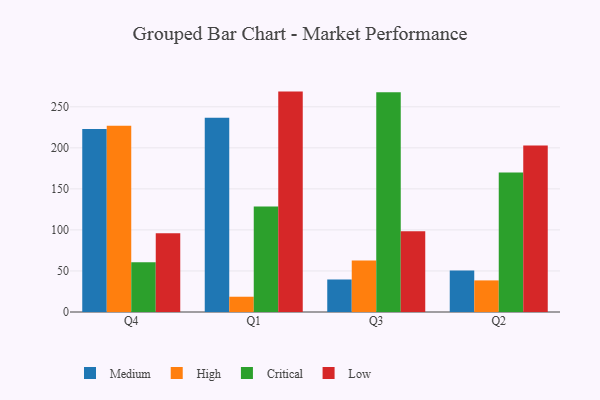
{"axis": {"x": "Quarter", "y": "Operating Costs (USD K)"}, "legend": ["Critical", "High", "Low", "Medium"], "data": [{"x": "Q4", "y": 223.0, "type": "Medium"}, {"x": "Q4", "y": 226.8, "type": "High"}, {"x": "Q4", "y": 60.6, "type": "Critical"}, {"x": "Q4", "y": 95.8, "type": "Low"}, {"x": "Q1", "y": 236.6, "type": "Medium"}, {"x": "Q1", "y": 18.6, "type": "High"}, {"x": "Q1", "y": 128.5, "type": "Critical"}, {"x": "Q1", "y": 268.5, "type": "Low"}, {"x": "Q3", "y": 39.6, "type": "Medium"}, {"x": "Q3", "y": 62.8, "type": "High"}, {"x": "Q3", "y": 267.6, "type": "Critical"}, {"x": "Q3", "y": 98.4, "type": "Low"}, {"x": "Q2", "y": 50.7, "type": "Medium"}, {"x": "Q2", "y": 38.5, "type": "High"}, {"x": "Q2", "y": 169.9, "type": "Critical"}, {"x": "Q2", "y": 202.7, "type": "Low"}]}